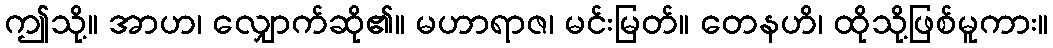
ဤသို့။ အာဟ၊ လျှောက်ဆို၏။ မဟာရာဇ၊ မင်းမြတ်။ တေနဟိ၊ ထိုသို့ဖြစ်မူကား။